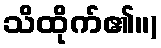
သိထိုက်၏။)